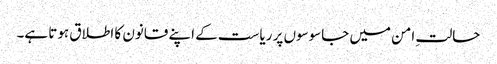
حالتِ امن میں جاسوسوں پر ریاست کے اپنے قانون کا اطلاق ہوتا ہے۔